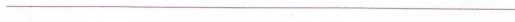
___